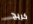
كريج